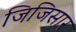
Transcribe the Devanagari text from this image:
जिजिसार